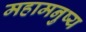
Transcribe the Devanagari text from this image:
महामनुष्य